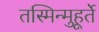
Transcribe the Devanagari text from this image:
तस्मिन्मुहूर्ते